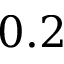
0 . 2